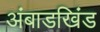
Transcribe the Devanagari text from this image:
अंबाडखिंड